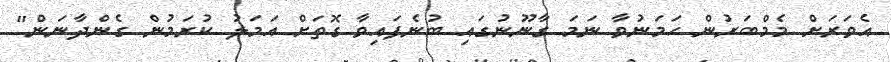
އެވަރަށް މެމްބަރުން ހަމަނުވާ ނަމަ ގާނޫނުގައި ބުނެފައިވާ ގޮތަށް އަމަލު ކުރަމުން ގެންދާނަން"